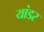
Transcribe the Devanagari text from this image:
यांडर